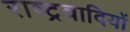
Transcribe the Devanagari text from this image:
राष्‍ट्रवादियों